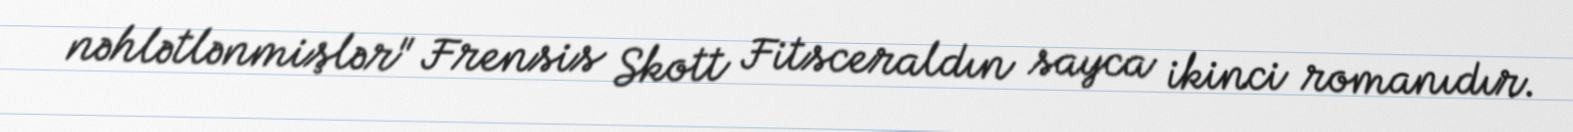
nəhlətlənmişlər" Frensis Skott Fitsceraldın sayca ikinci romanıdır.